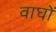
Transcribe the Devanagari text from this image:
वाघों